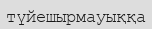
түйешырмауыққа